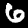
Digit: 6